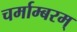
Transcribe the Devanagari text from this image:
चर्माम्बरम्